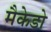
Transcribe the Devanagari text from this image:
मैकेडो